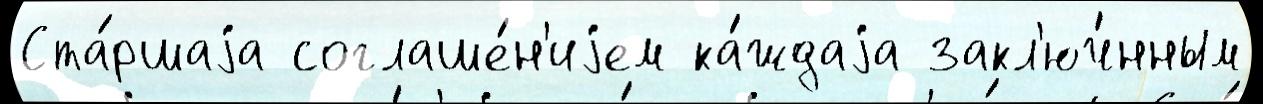
Ста́ршаjа соглаше́н'иjем ка́ждаjа закл'юч́нным